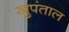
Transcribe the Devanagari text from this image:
खुपंताल